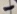
Text: -